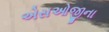
એસઓજીના